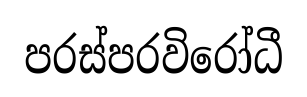
පරස්පරවිරෝධී